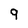
Character: 9